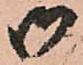
御